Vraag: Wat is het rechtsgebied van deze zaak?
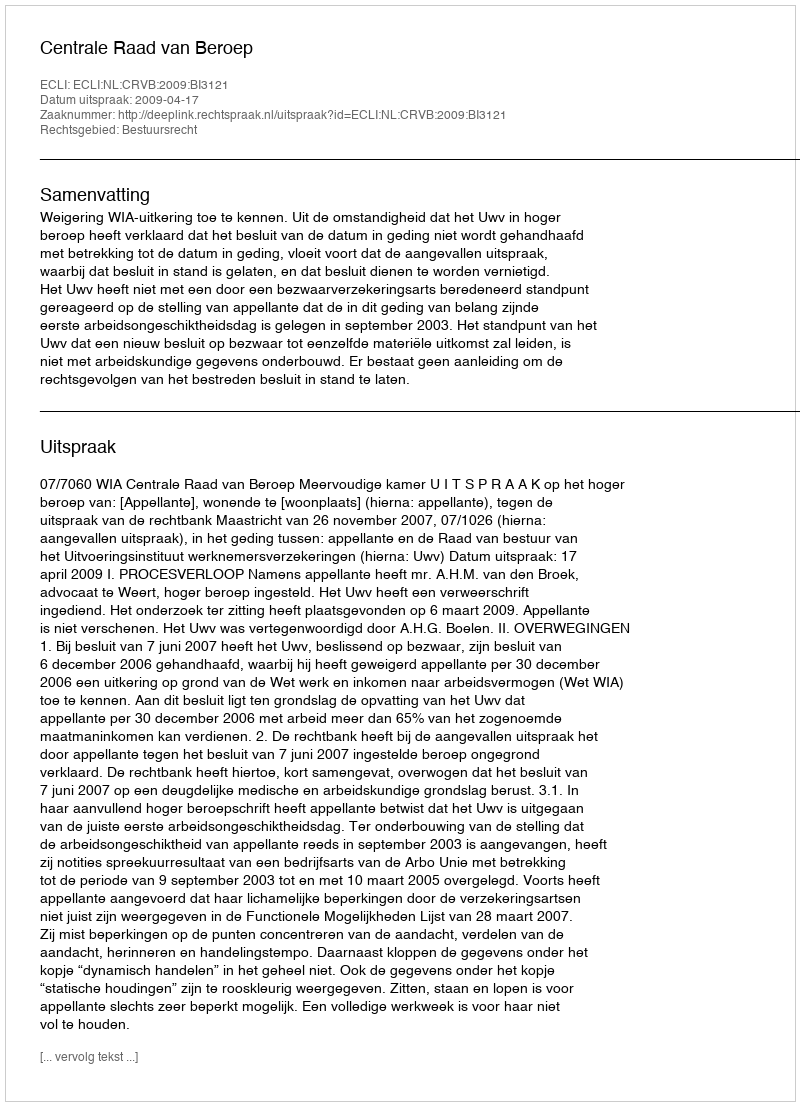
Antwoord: Bestuursrecht